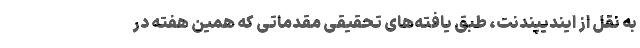
به نقل از ایندیپندنت، طبق یافته‌های تحقیقی مقدماتی که همین هفته در